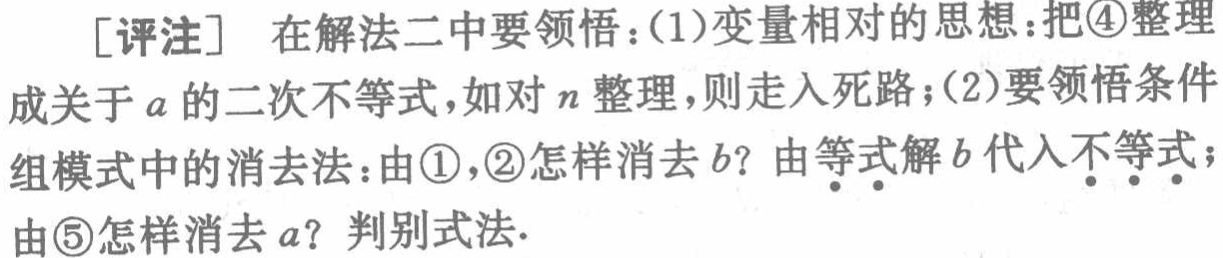
[评注] 在解法二中要领悟：(1)变量相对的思想：把\textcircled{4}整理

成关于\(a\)的二次不等式，如对\(n\)整理，则走入死路；(2)要领悟条件

组模式中的消去法：由\textcircled{1}，\textcircled{2}怎样消去\(b\)？由等式解\(b\)代入不等式；

由\textcircled{5}怎样消去\(a\)？判别式法.